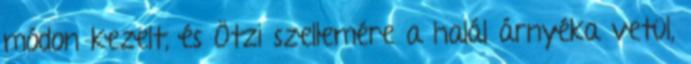
módon kezelt, és Ötzi szellemére a halál árnyéka vetül,